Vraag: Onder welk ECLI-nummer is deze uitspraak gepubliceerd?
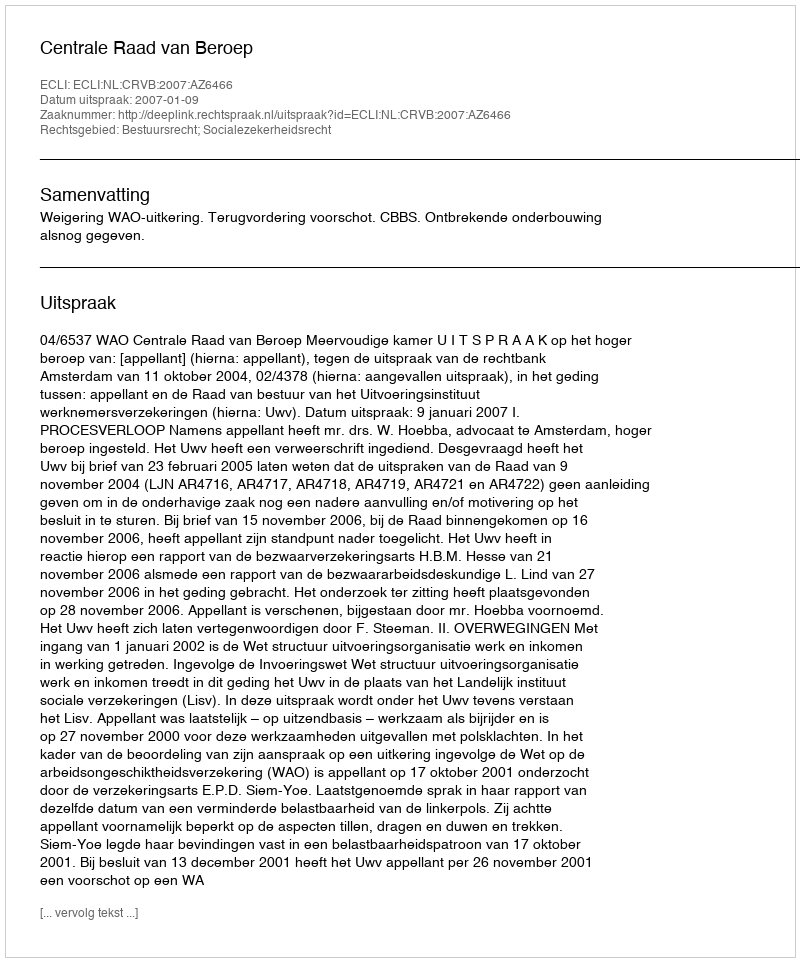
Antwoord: ECLI:NL:CRVB:2007:AZ6466